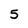
Character: 5